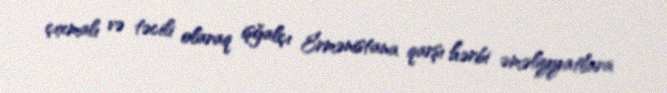
çıxmalı və təcili olaraq işğalçı Ermənistana qarşı hərbi əməliyyatlara